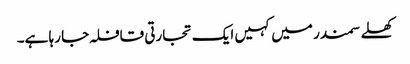
کھلے سمندر میں کہیں ایک تجارتی قافلہ جا رہا ہے۔